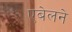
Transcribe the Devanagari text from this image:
एबेलने